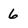
Character: 6